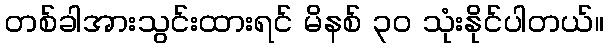
တစ်ခါအားသွင်းထားရင် မိနစ် ၃၀ သုံးနိုင်ပါတယ်။